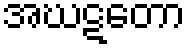
အဃဋတော